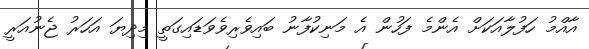
އާއްމު ހަފުލާއަކަށް އެންމެ ފަހުން އެ މަނިކުފާނު ބައިވެރިވެވަޑައިގަތީ މިދިޔަ އަހަރު ޖެނުއަރީ